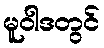
မူဝါဒတွင်